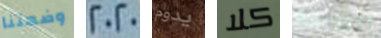
وضعتنا 2020 يدوم كلا الروضة